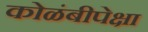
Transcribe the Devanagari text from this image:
कोळंबीपेक्षा